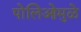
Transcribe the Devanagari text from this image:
पोलिओमुळे